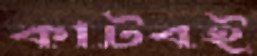
কাটবই